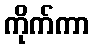
ကိုက်ကာ